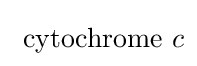
{\text{ cytochrome }}c